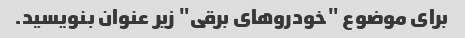
برای موضوع "خودروهای برقی" زیر عنوان بنویسید.